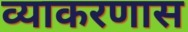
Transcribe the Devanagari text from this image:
व्याकरणास